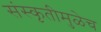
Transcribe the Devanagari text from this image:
संस्कृतीमुळेच